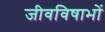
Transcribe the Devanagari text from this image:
जीवविषाभों